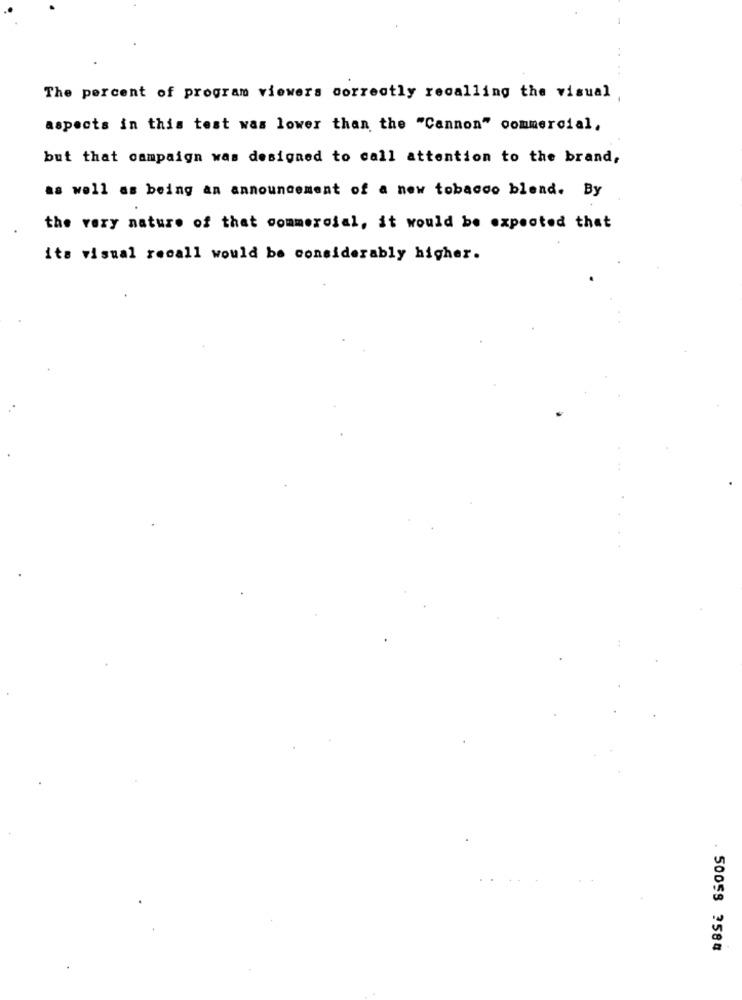
The percent of program viewers correctly recalling the visual
aspects in this test was lower than the "Cannon" commercial,
but that campaign was designed to call attention to the brand,
as well as being an announcement of a new tobacco blend. By
the very nature of that commercial, it would be expected that
its visual recall would be considerably higher.
50058 2584